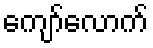
ကျော်လောက်